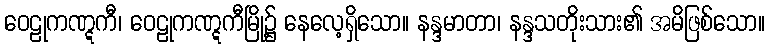
ဝေဠုကဏ္ဋကီ၊ ဝေဠုကဏ္ဋကီမြို့၌ နေလေ့ရှိသော။ နန္ဒမာတာ၊ နန္ဒသတိုးသား၏ အမိဖြစ်သော။